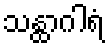
သန္ထာဂါရံ